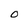
Character: O